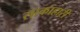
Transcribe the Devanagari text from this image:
साकाहारी